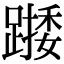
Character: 𨄖